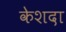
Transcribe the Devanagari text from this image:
केशदा